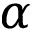
\alpha